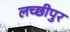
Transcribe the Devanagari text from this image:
लच्छीपुर